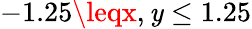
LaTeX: -1.25\leqx,\mathit{y}\leq1.25